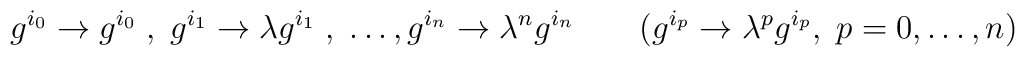
g^{i_{ 0}} \rightarrow  g^{i_{ 0}} \; , \; g^{i_{ 1}} \rightarrow\lambda g^{i_{ 1}} \; , \; \ldots , g^{i_{ n}} \rightarrow\lambda^n g^{i_{ n}} \quad \quad (g^{i_{ p}} \rightarrow \lambda^pg^{i_{ p}}, \; p=0,\ldots,n)